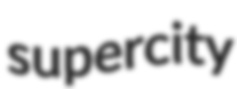
supercity